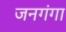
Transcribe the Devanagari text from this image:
जनगंगा